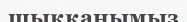
шыққанымыз